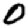
Digit: 0